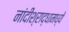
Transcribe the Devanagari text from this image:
नांदीश्राद्धामध्ये